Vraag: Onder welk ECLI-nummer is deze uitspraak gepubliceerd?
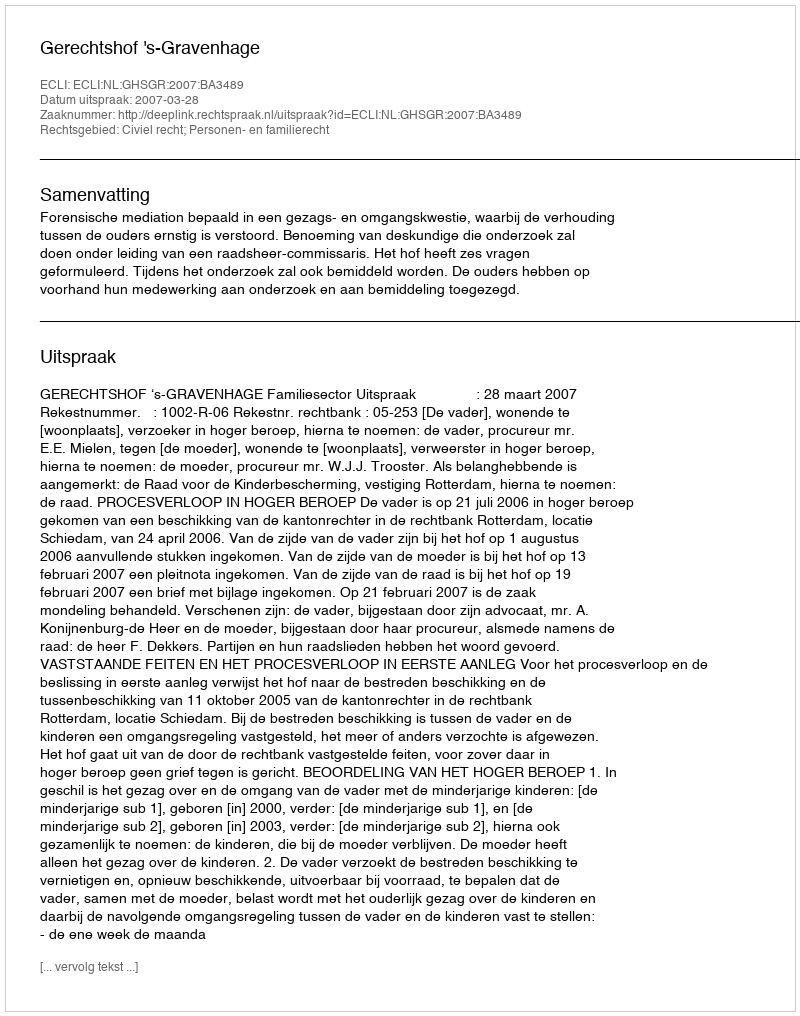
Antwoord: ECLI:NL:GHSGR:2007:BA3489